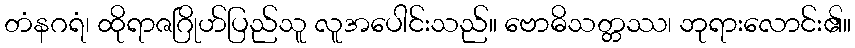
တံနဂရံ၊ ထိုရာဇဂြိုဟ်ပြည်သူ လူအပေါင်းသည်။ ဗောဓိသတ္တဿ၊ ဘုရားလောင်း၏။